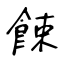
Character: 餗